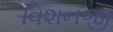
વિશનજી